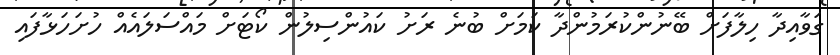
ގަވާއިދާ ހިލާފަށް ބޭނުންކުރަމުންދާ ކަމަށް ބުނެ ރަށު ކައުންސިލުން ކޯޓަށް މައްސަލައެއް ހުށަހަޅާފައި